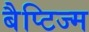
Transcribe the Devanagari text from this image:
बैप्टिज्म